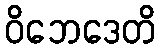
ဝိဘေဒေတိ